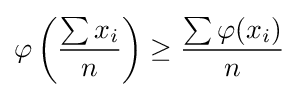
\varphi \left({\frac {\sum x_{i}}{n}}\right)\geq {\frac {\sum \varphi (x_{i})}{n}}